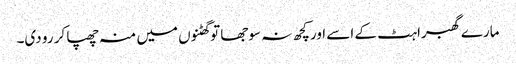
مارے گھبراہٹ کے اسے اور کچھ نہ سوجھا تو گھٹنوں میں منہ چھپا کر رو دی۔